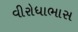
વીરોધાભાસ